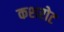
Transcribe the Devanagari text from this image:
कशरोट